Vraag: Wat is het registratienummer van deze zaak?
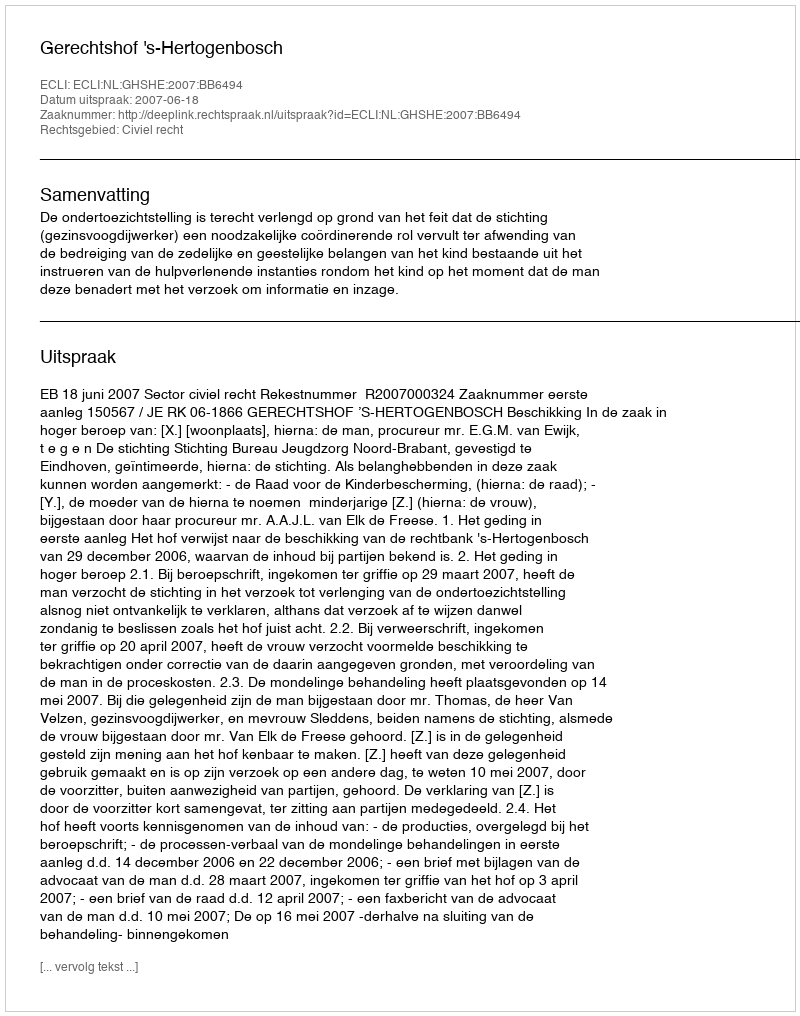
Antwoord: http://deeplink.rechtspraak.nl/uitspraak?id=ECLI:NL:GHSHE:2007:BB6494